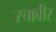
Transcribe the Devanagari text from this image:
स्चाबीर